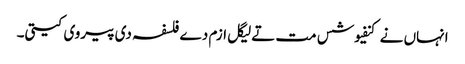
انہاں نے کنفیوشس مت تےلیگل ازم دے فلسفہ دی پیروی کیتی۔